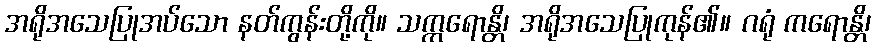
အရိုအသေပြုအပ်သော နတ်ကွန်းတို့ကို။ သက္ကရောန္တိ၊ အရိုအသေပြုကုန်၏။ ဂရုံ ကရောန္တိ၊